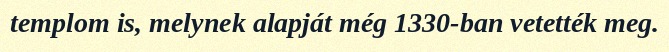
templom is, melynek alapját még 1330-ban vetették meg.